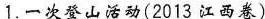
1.一次登山活动(2013江西卷)